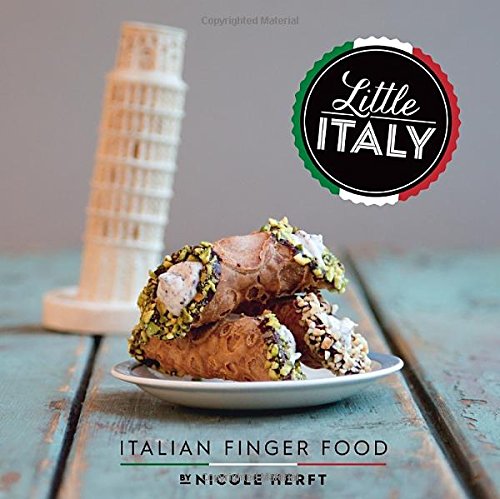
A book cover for Little Italy: Italian Finger Food; Nicole Herft; Cookbooks, Food & Wine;